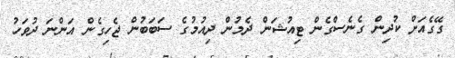
ގޭގެއަށް ކުދިން ގެނެސްގެން ޓިއުޝަން ދެމުން ދިއުމުގެ ސަބަބުން ޖެހިގެން އަންނަ ދުވަހު